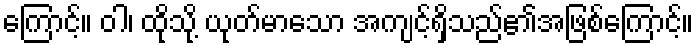
ကြောင့်။ ဝါ၊ ထိုသို့ ယုတ်မာသော အကျင့်ရှိသည်၏အဖြစ်ကြောင့်။